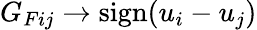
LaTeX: G_{Fij}\rightarrow\mathrm{sign}(u_{i}-u_{j})